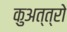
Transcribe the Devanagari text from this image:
कुअत्त्रो